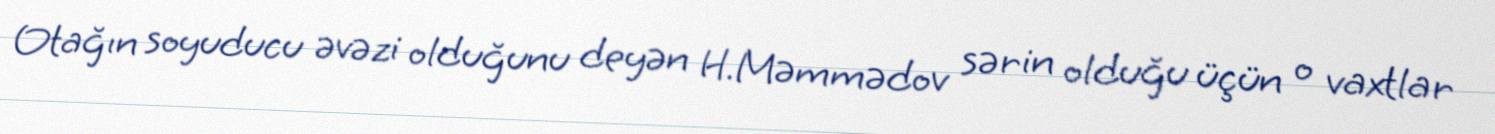
Otağın soyuducu əvəzi olduğunu deyən H.Məmmədov sərin olduğu üçün o vaxtlar